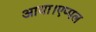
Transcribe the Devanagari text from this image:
आया।एप्पल